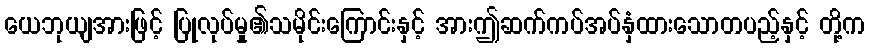
ယေဘုယျအားဖြင့် ပြုလုပ်မှု၏သမိုင်းကြောင်းနှင့် အားဤဆက်ကပ်အပ်နှံထားသောတပည့်နှင့် တို့က